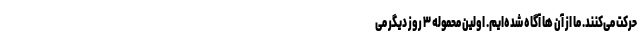
حرکت می‌کنند. ما از آن ها آگاه شده‌ایم. اولین محموله ۳ روز دیگر می